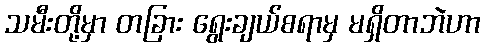
သမီးတို့မှာ တခြား ရွေးချယ်စရာမှ မရှိတာဘဲဟာ